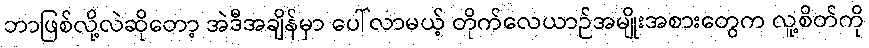
ဘာဖြစ်လို့လဲဆိုတော့ အဲဒီအချိန်မှာ ပေါ်လာမယ့် တိုက်လေယာဉ်အမျိုးအစားတွေက လူ့စိတ်ကို